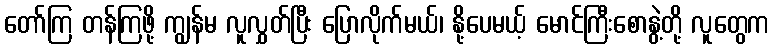
တော်ကြ တန်ကြဖို့ ကျွန်မ လူလွှတ်ပြီး ပြောလိုက်မယ်၊ နို့ပေမယ့် မောင်ကြီးစောနွဲ့တို့ လူတွေက